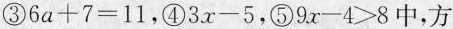
③$$6a+7=11$$，④$$3x-5$$，⑤$$9x-4>$$8中，方